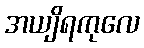
အယျိရကုလေ